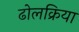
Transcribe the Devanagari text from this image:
ढोलक्रिया